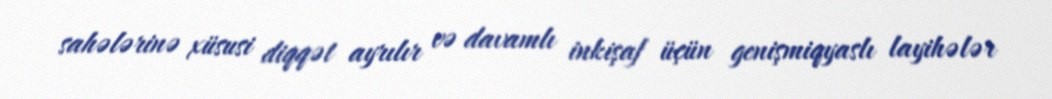
sahələrinə xüsusi diqqət ayrılır və davamlı inkişaf üçün genişmiqyaslı layihələr